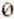
0